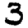
Digit: 3